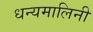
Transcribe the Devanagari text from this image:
धन्यमालिनी